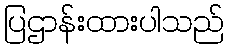
ပြဌာန်းထားပါသည်